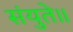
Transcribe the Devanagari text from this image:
संयुते॥